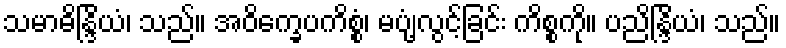
သမာဓိန္ဒြိယံ၊ သည်။ အဝိက္ခေပကိစ္စံ၊ မပျံ့လွင့်ခြင်း ကိစ္စကို။ ပညိန္ဒြိယံ၊ သည်။